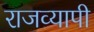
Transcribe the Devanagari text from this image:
राजव्यापी